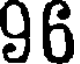
96